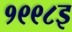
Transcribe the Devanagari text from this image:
१९९८इ